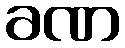
ခဏ